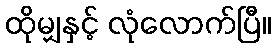
ထိုမျှနှင့် လုံလောက်ပြီ။